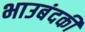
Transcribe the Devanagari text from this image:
भाउबंदकी